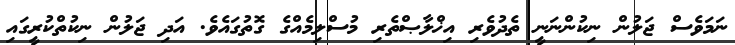
ނަމަވެސް ޖަލުން ނިކުންނަނީ ތެދުވެރި އިޚްލާޞްތެރި މުސްލިމެއްގެ ގޮތުގައެވެ. އަދި ޖަލުން ނިކުތްކުރީގައި